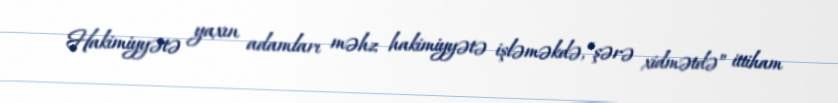
Hakimiyyətə yaxın adamları məhz hakimiyyətə işləməkdə, “şərə xidmətdə” ittiham